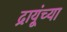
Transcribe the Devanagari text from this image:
द्रायूंच्या